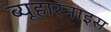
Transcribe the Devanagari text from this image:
ब्यूहारनाइस